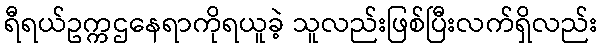
ရီရယ်ဥက္ကဌနေရာကိုရယူခဲ့ သူလည်းဖြစ်ပြီးလက်ရှိလည်း